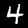
Label: 4